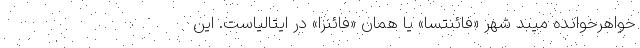
خواهرخوانده میبد شهر «فائنتسا» یا همان «فائنزا» در ایتالیاست. این